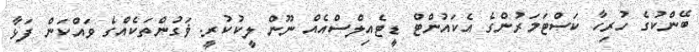
ބޭންކުގެ ހުރިހާ ކަސްޓަމަރުންގެ އެކައުންޓް ޑީޓެއިލްސްއެއް ނޫން ލީކުކުރީ. ޥަގުންތަކެއްގެ ވައްކަން ފަޅާ